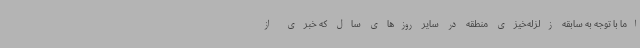
اما با توجه به سابقه زلزله‌خیزی منطقه در سایر روزهای سال که خبری از